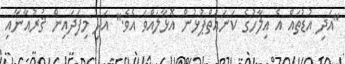
"އަދި އުޑުތައް އެ އިލާހުގެ ކަނައަތްޕުޅުން އޮޅާލައްވަ އެވެ." އަދި މިފަދައިން ޤުރުއާނާއި